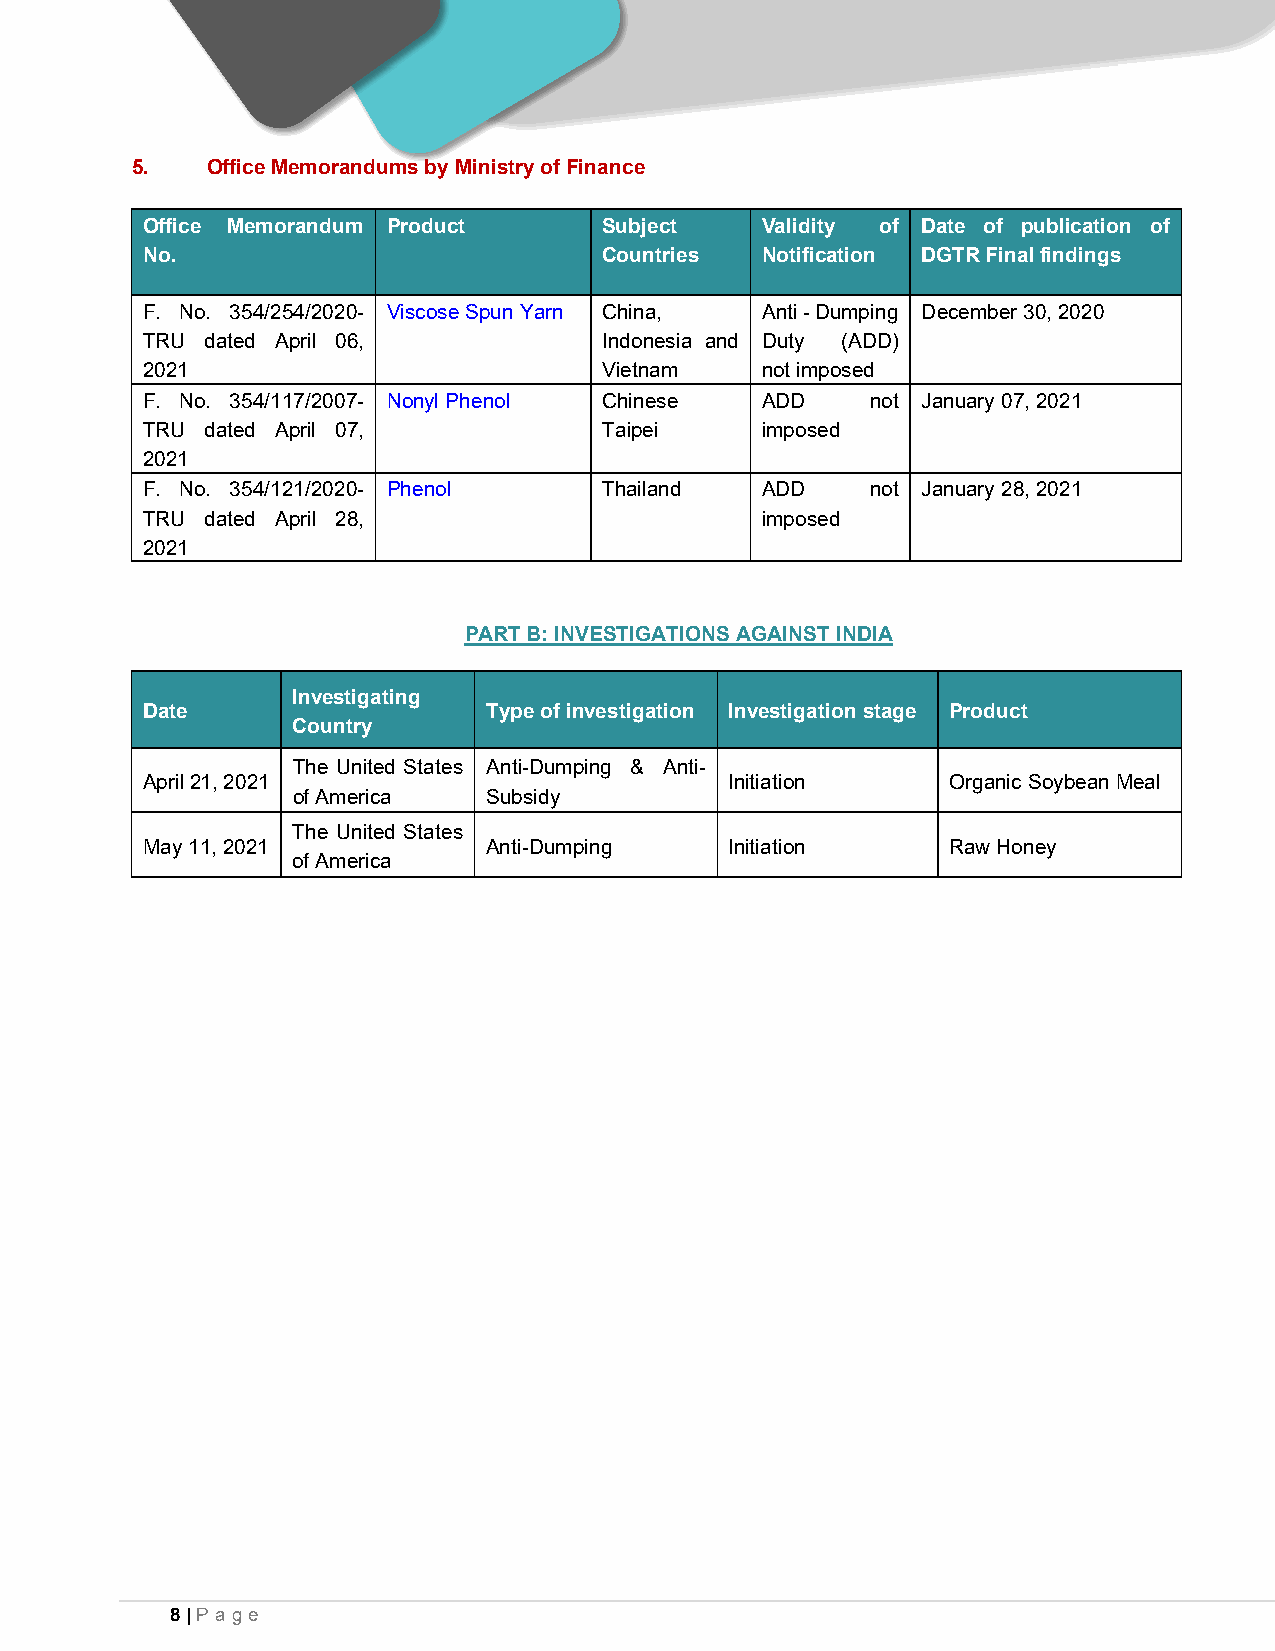
5.   Office Memorandums by Ministry of Finance
 Office Memorandum Product      Subject   Validity of Date of publication of
 No.                            Countries Notification DGTR Final findings
 F. No. 354/254/2020- Viscose Spun Yarn China, Anti - Dumping December 30, 2020
 TRU  dated April 06,           Indonesia and Duty (ADD)
 2021                           Vietnam   not imposed
 F. No. 354/117/2007- Nonyl Phenol Chinese ADD    not January 07, 2021
 TRU  dated April 07,           Taipei    imposed
 2021
 F. No. 354/121/2020- Phenol    Thailand  ADD     not January 28, 2021
 TRU  dated April 28,                     imposed
 2021
 PART B: INVESTIGATIONS AGAINST INDIA
 Investigating
 Date                   Type of investigation Investigation stage Product
 Country
 The United States Anti-Dumping & Anti-
 April 21, 2021                         Initiation     Organic Soybean Meal
 of America   Subsidy
 The United States
 May 11, 2021           Anti-Dumping    Initiation     Raw Honey
 of America
 8 | Pa ge